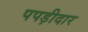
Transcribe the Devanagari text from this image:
पपड़ीदार